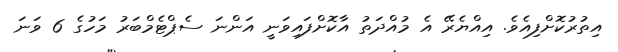
އިތުރުކޮށްފިއެވެ. އިއްޔެރޭ އެ މުއްދަތު އާކޮށްފައިވަނީ އަންނަ ސެޕްޓެމްބަރު މަހުގެ 6 ވަނަ